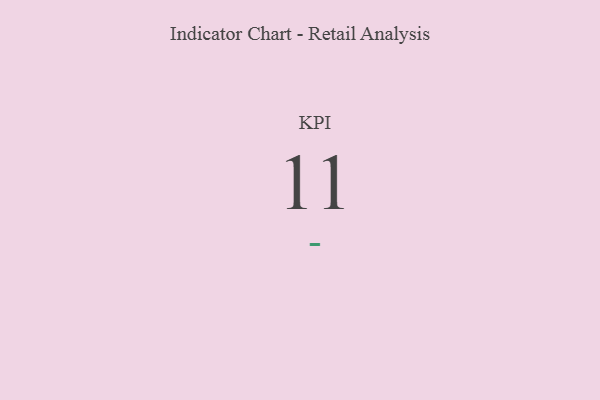
{"axis": {"x": "KPI", "y": "Value"}, "legend": [""], "data": [{"x": "KPI", "y": 11, "type": ""}]}